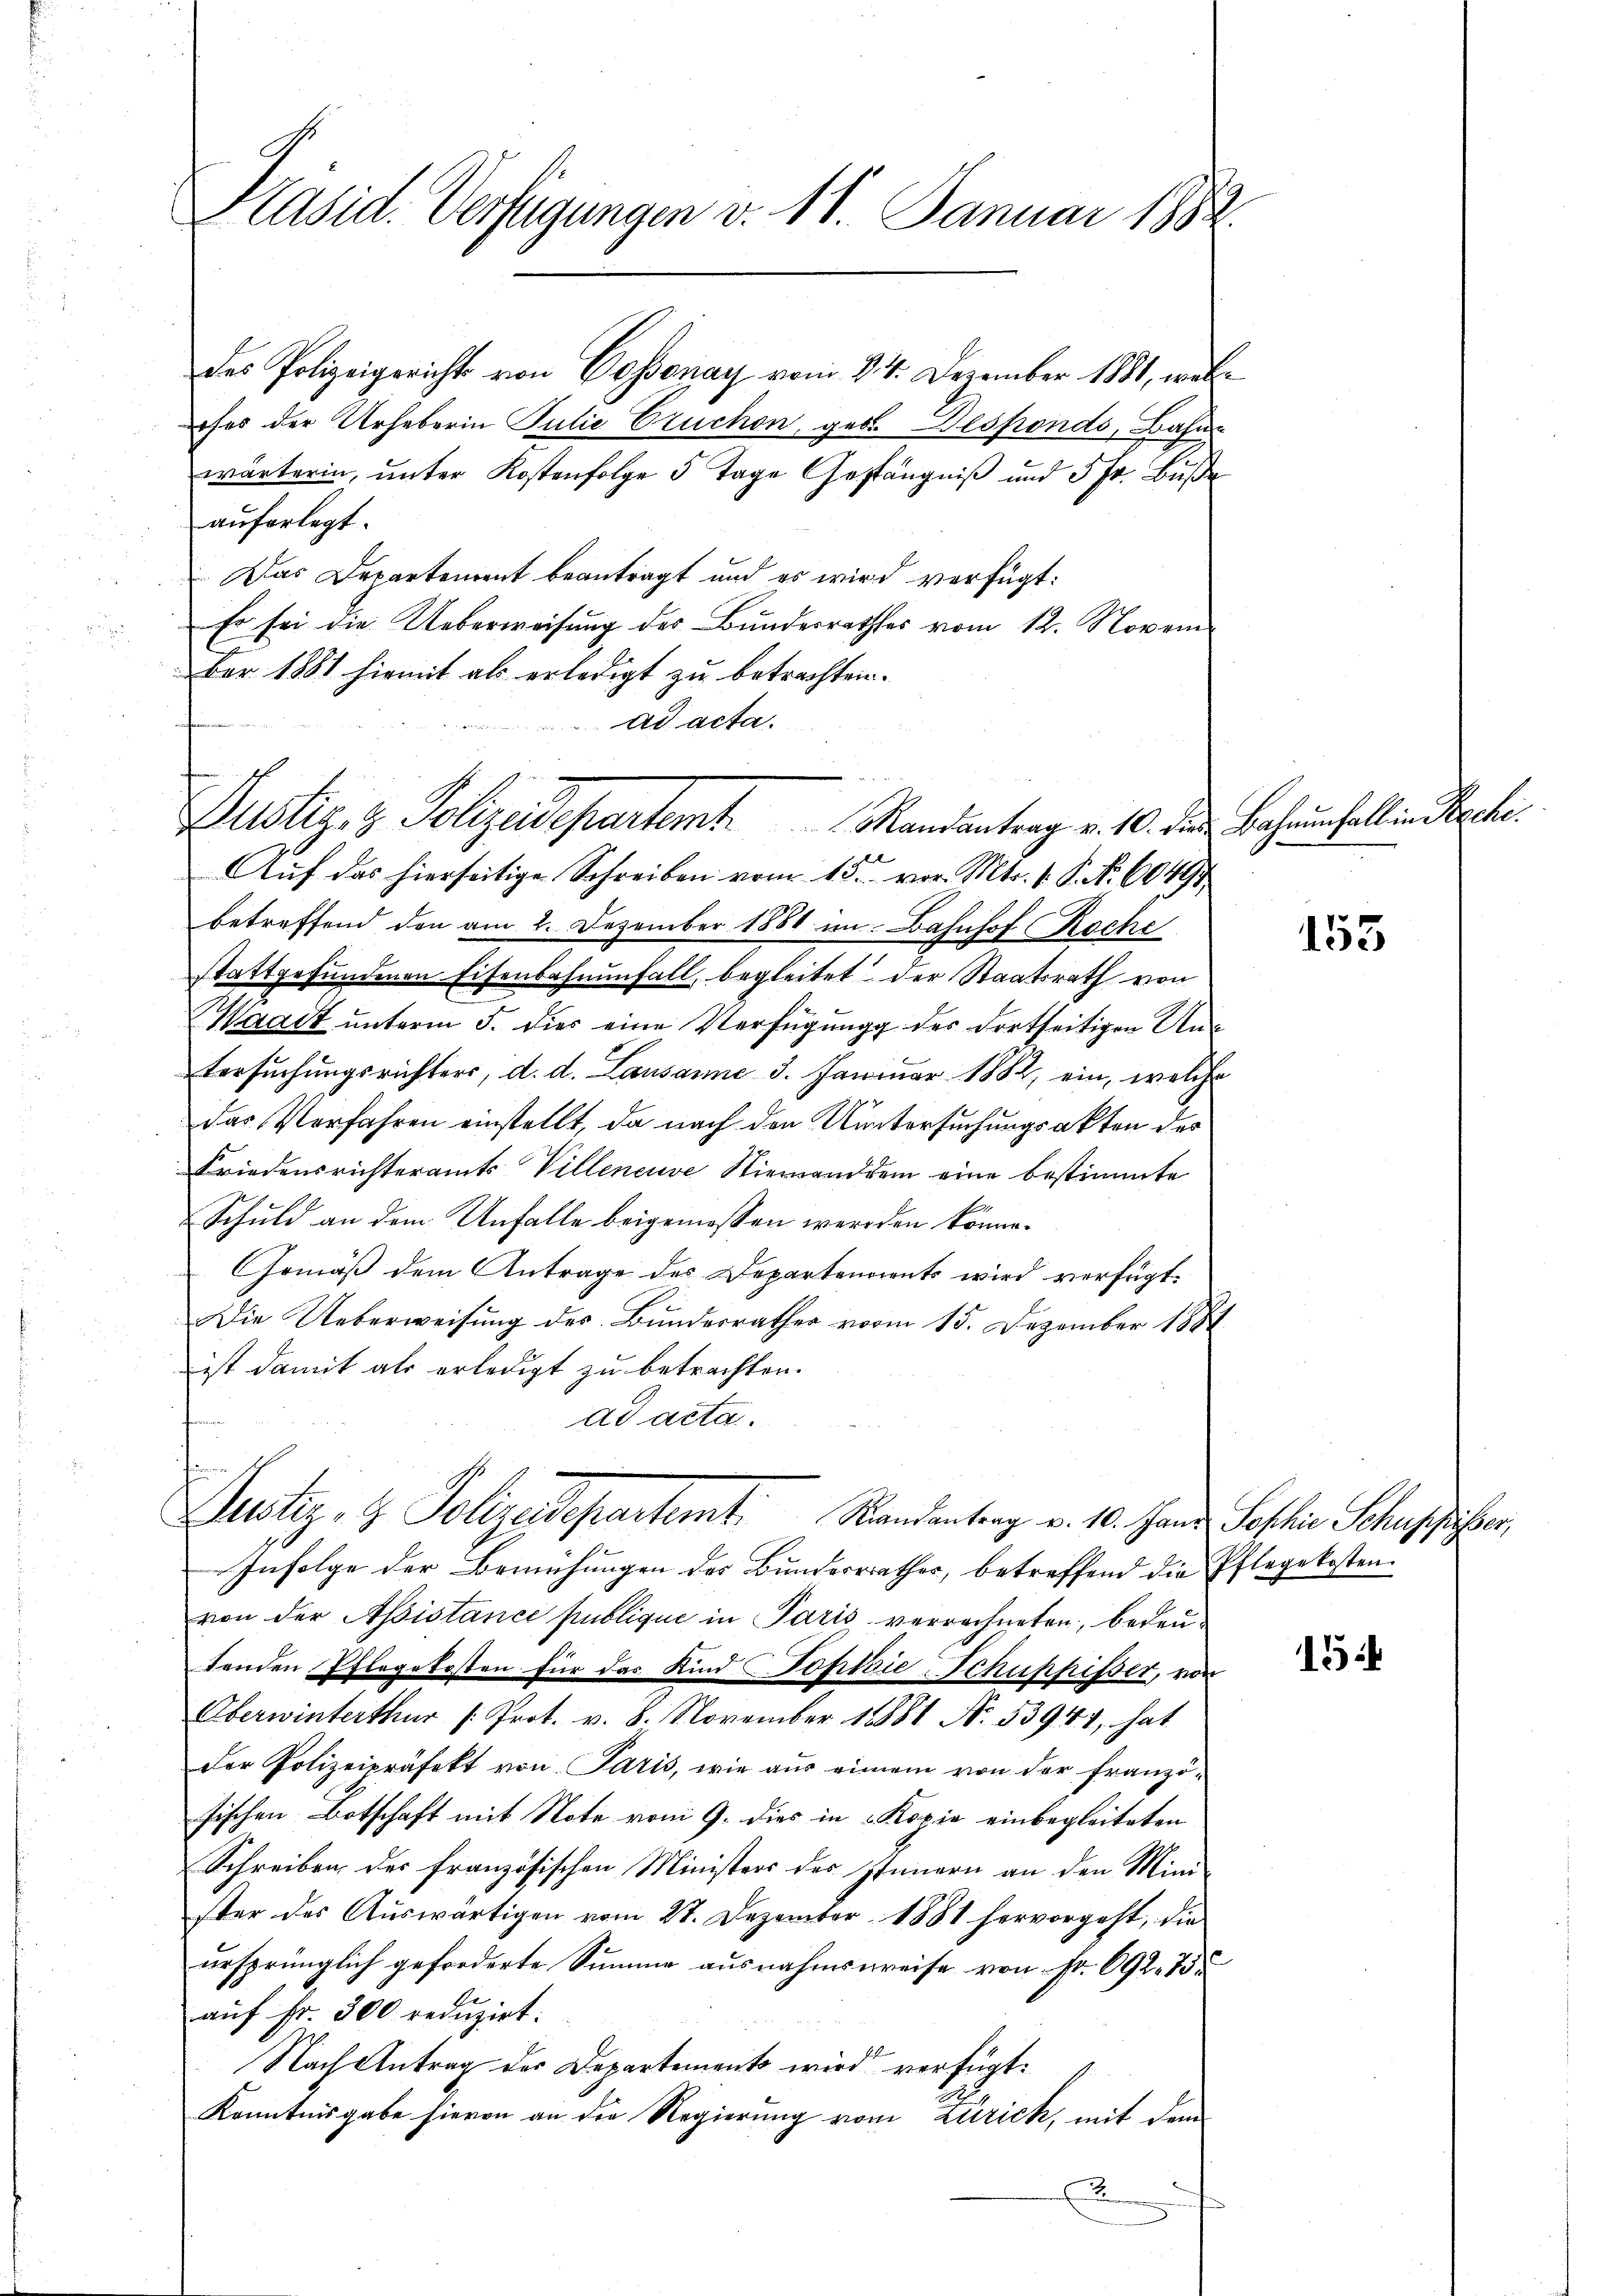
Präsid. Verfügungen v. 18. Januar 1882.

des Polizeigerichts von Cossonay vom 24. Dezember 1881, welches der Urheberin Julie Cruchen, geb. Desponds, Bahn
wärterin, ŭnter Kostenfolge 5 Tage Gestängniβ und 5 fr. Bŭβe
auferlegt.
 Das Departement beantragt und es wird verfügt:
Es sei die Ueberweisung der Bundesrathes vom 12. November 1881 hiemit als erledigt zu betrachten.
ad acta.
Auf das hierseitige Schreiben vom 15. vor. Mts. v. P. Nr. 60494
betreffend den am 2. Dezember 1881 im Bahnhof Roche
stattgefundenen Eisenbahnenfall, begleitet der Staatsrath von
Waadt unterm 5. dies eine Verfügung des dortseitigen Antersŭchŭngsrichters, d. d. Lausanne 3. Januar 1882, ein, welche
das Verfahren einstellt, da nach den Untersuchungsakten des
Friedensrichteramts Villeneuve Niemand dem eine bestimmte
Schuld an dem Unfalle beigemessen werden könne.
Gemäß dem Antrage des Departenaients wird verfügt
Die Ueberweisung des Bundesrathes vom 15. Dezember 1884
ist damit als erledigt zu betrachten.
ad acta.
Justiz- & Polizeidepartemt. Randantrag v. 10. Hand Sophie Schuhester,
Infolge der Bemühungen des Bundesrathes, betreffend die Pflegekosten
von der Aßistance publique in Paris verrechneten, bedeutenden Pflegekosten für das Kind Johisie-Schuppisser, von
Oberwinterthur /: Prot. v. 8. November 18881 N. 53944, hat
Der Polizeipräfekt von Paris, wie aus einem von der franzö-
sischen Botschaft mit Note vom 9. dies in Kopie einbegleiteten
Schreiben des französischen Ministers des Innern an den Mini-
ster des Auswärtigen vom 27. Dezember 1881 hervorgeht, die
ursprünglich geforderte Summe ausnahmsweise von Fr. 692. 75
auf fr. 300 reduzirt.
Nach Antrag des Departements wird verfügt:
Kenntnisgabe hievon an der Regierung vom Zürich, mit dem
u

Justiz- & Polizeidepartemt. Randantrag v. 10. die Bahrenfall in Stechli¬

2

153

15